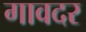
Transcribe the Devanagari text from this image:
गावदर